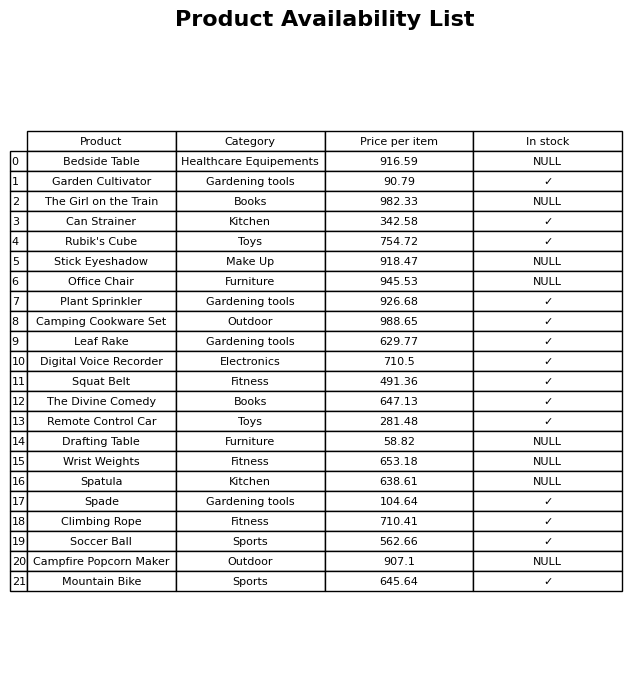
question: What is the price for Squat Belt?
answer: The price of Squat Belt is 491.36.